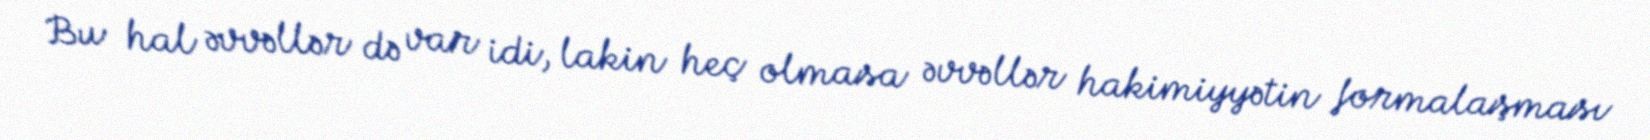
Bu hal əvvəllər də var idi, lakin heç olmasa əvvəllər hakimiyyətin formalaşması